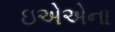
ઇએએના